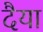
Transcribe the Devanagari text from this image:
दैया